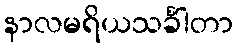
နာလမရိယသင်္ခါတာ